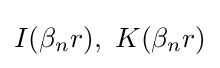
I(\beta _{n}r),\ K(\beta _{n}r)